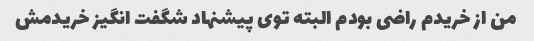
من از خریدم راضی بودم البته توی پیشنهاد شگفت انگیز خریدمش